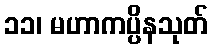
၁၁၊ မဟာကပ္ပိနသုတ်